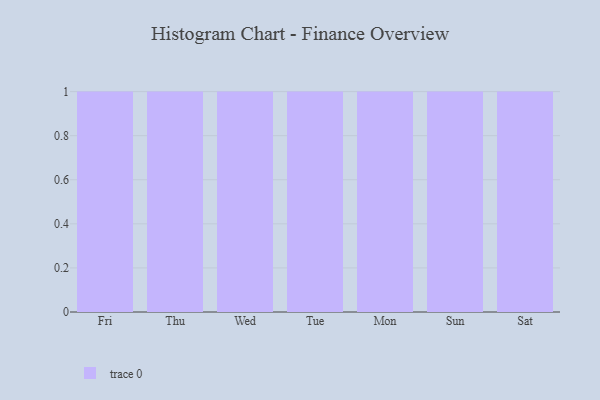
{"axis": {"x": "Day", "y": "Production Output"}, "legend": [""], "data": [{"x": "Fri", "y": 95, "type": ""}, {"x": "Thu", "y": 62, "type": ""}, {"x": "Wed", "y": 85, "type": ""}, {"x": "Tue", "y": 88, "type": ""}, {"x": "Mon", "y": 36, "type": ""}, {"x": "Sun", "y": 43, "type": ""}, {"x": "Sat", "y": 70, "type": ""}]}